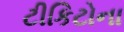
ટીકિટોના